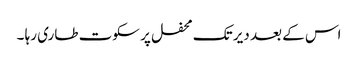
اس کے بعد دیر تک محفل پر سکوت طاری رہا ۔